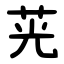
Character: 茪